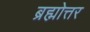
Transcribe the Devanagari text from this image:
ब्रह्मोत्तर